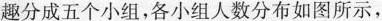
趣分成五个小组，各小组人数分布如图所示，